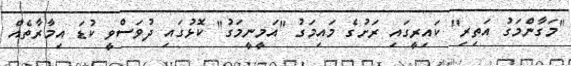
"މަގާންމަގު އަތިރި" ކައިރީގައި ރަށުގެ މައިމަގު "އަމީނީމަގު" ކޮޅުގައި ދުވަސްވީ ކުޑަ އިމާރާތެއް